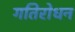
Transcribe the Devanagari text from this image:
गतिरोधन